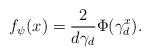
\begin{align*}f_\psi(x) = \frac{2}{d\gamma_d} \Phi(\gamma_d^x).\end{align*}